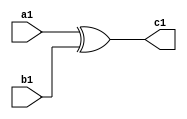
module xor_gate(a1, b1, c1);
	input a1, b1;
	output c1;
	assign c1 = a1 ^ b1;
endmodule